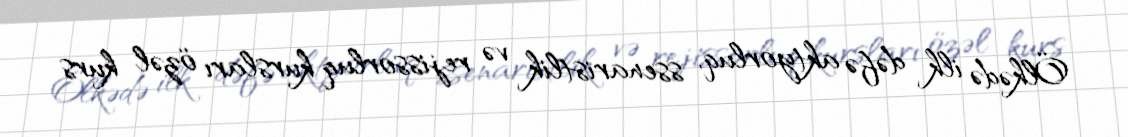
Ölkədə ilk dəfə aktyorluq, ssenaristlik və rejissorluq kursları özəl kurs